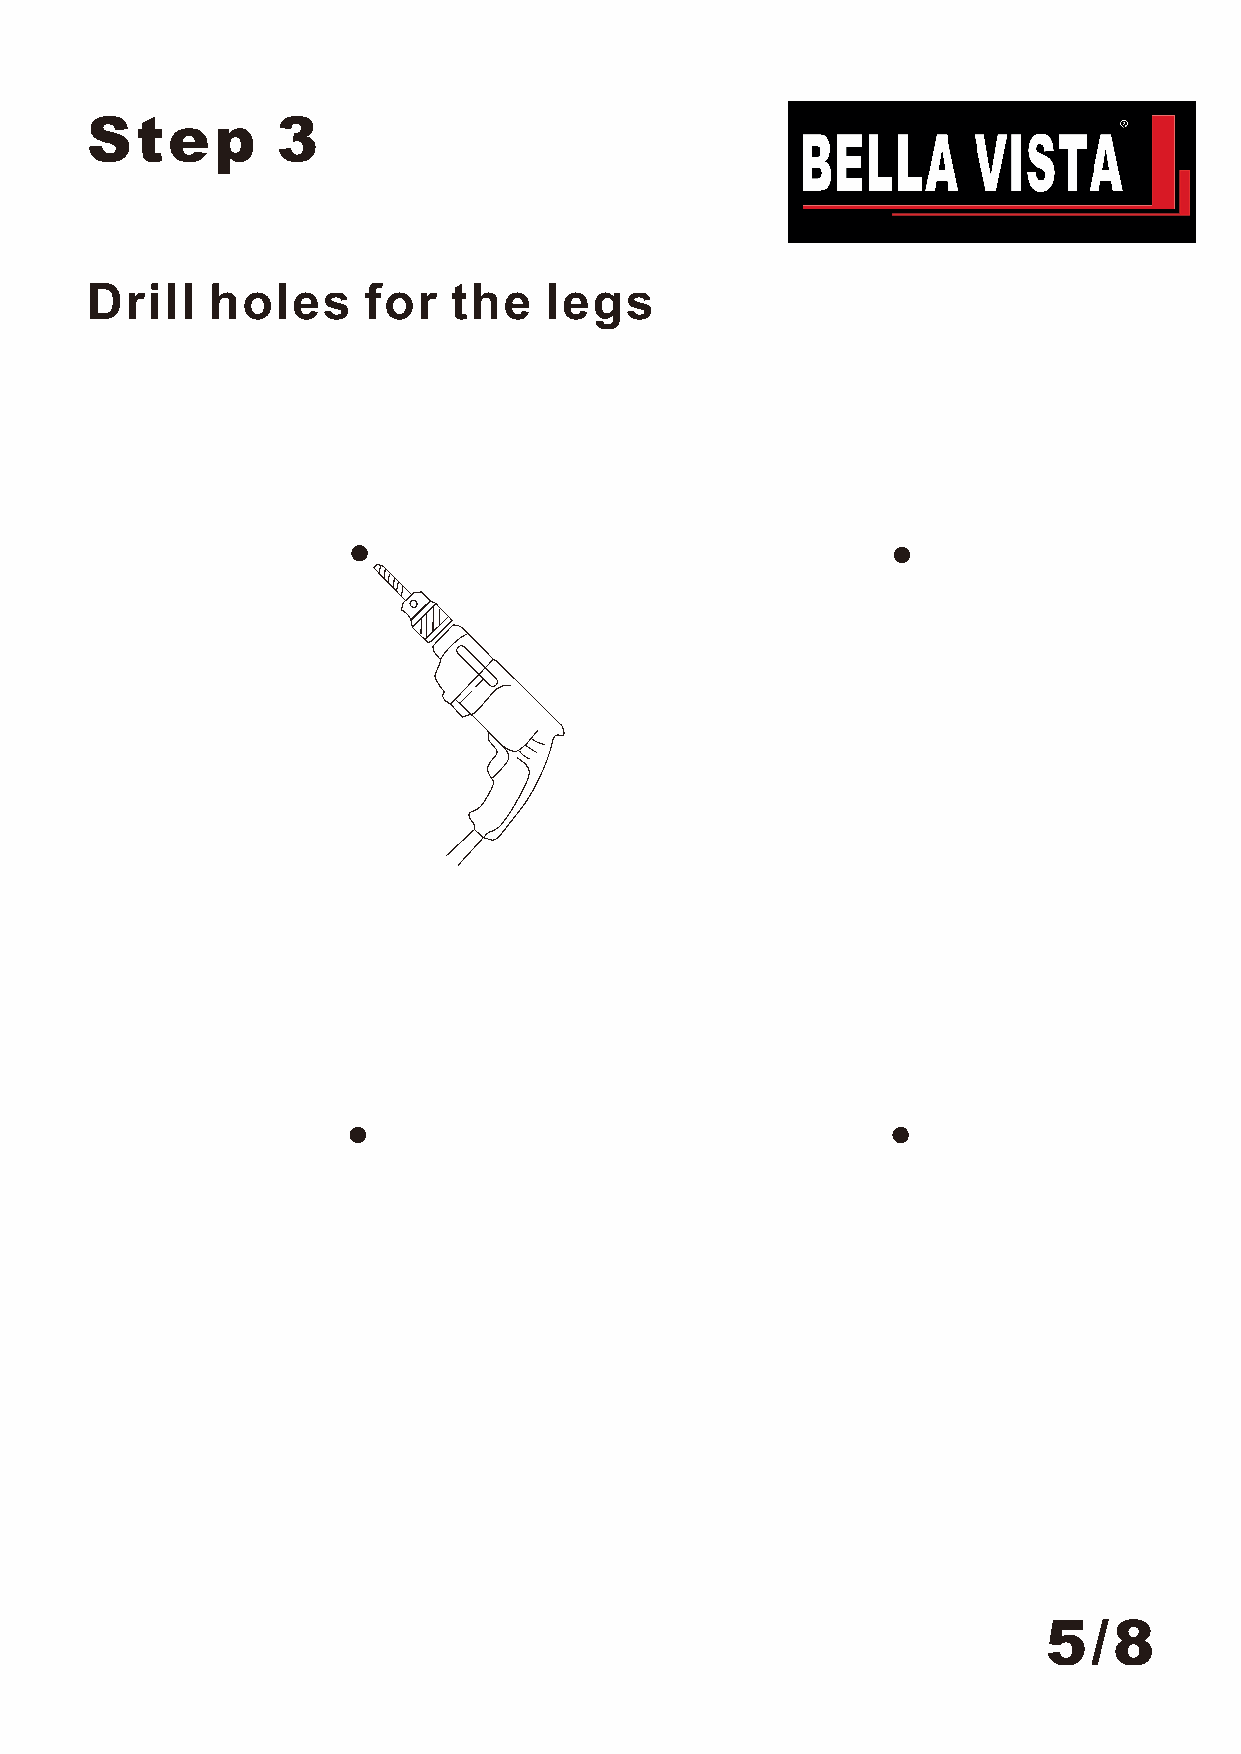
Step        3
 Drill   holes     for   the   legs
 5/8